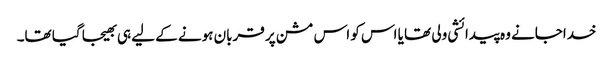
خداجانے وہ پیدائشی ولی تھا یا اس کو اس مشن پر قربان ہونے کے لیے ہی بھیجا گیا تھا۔